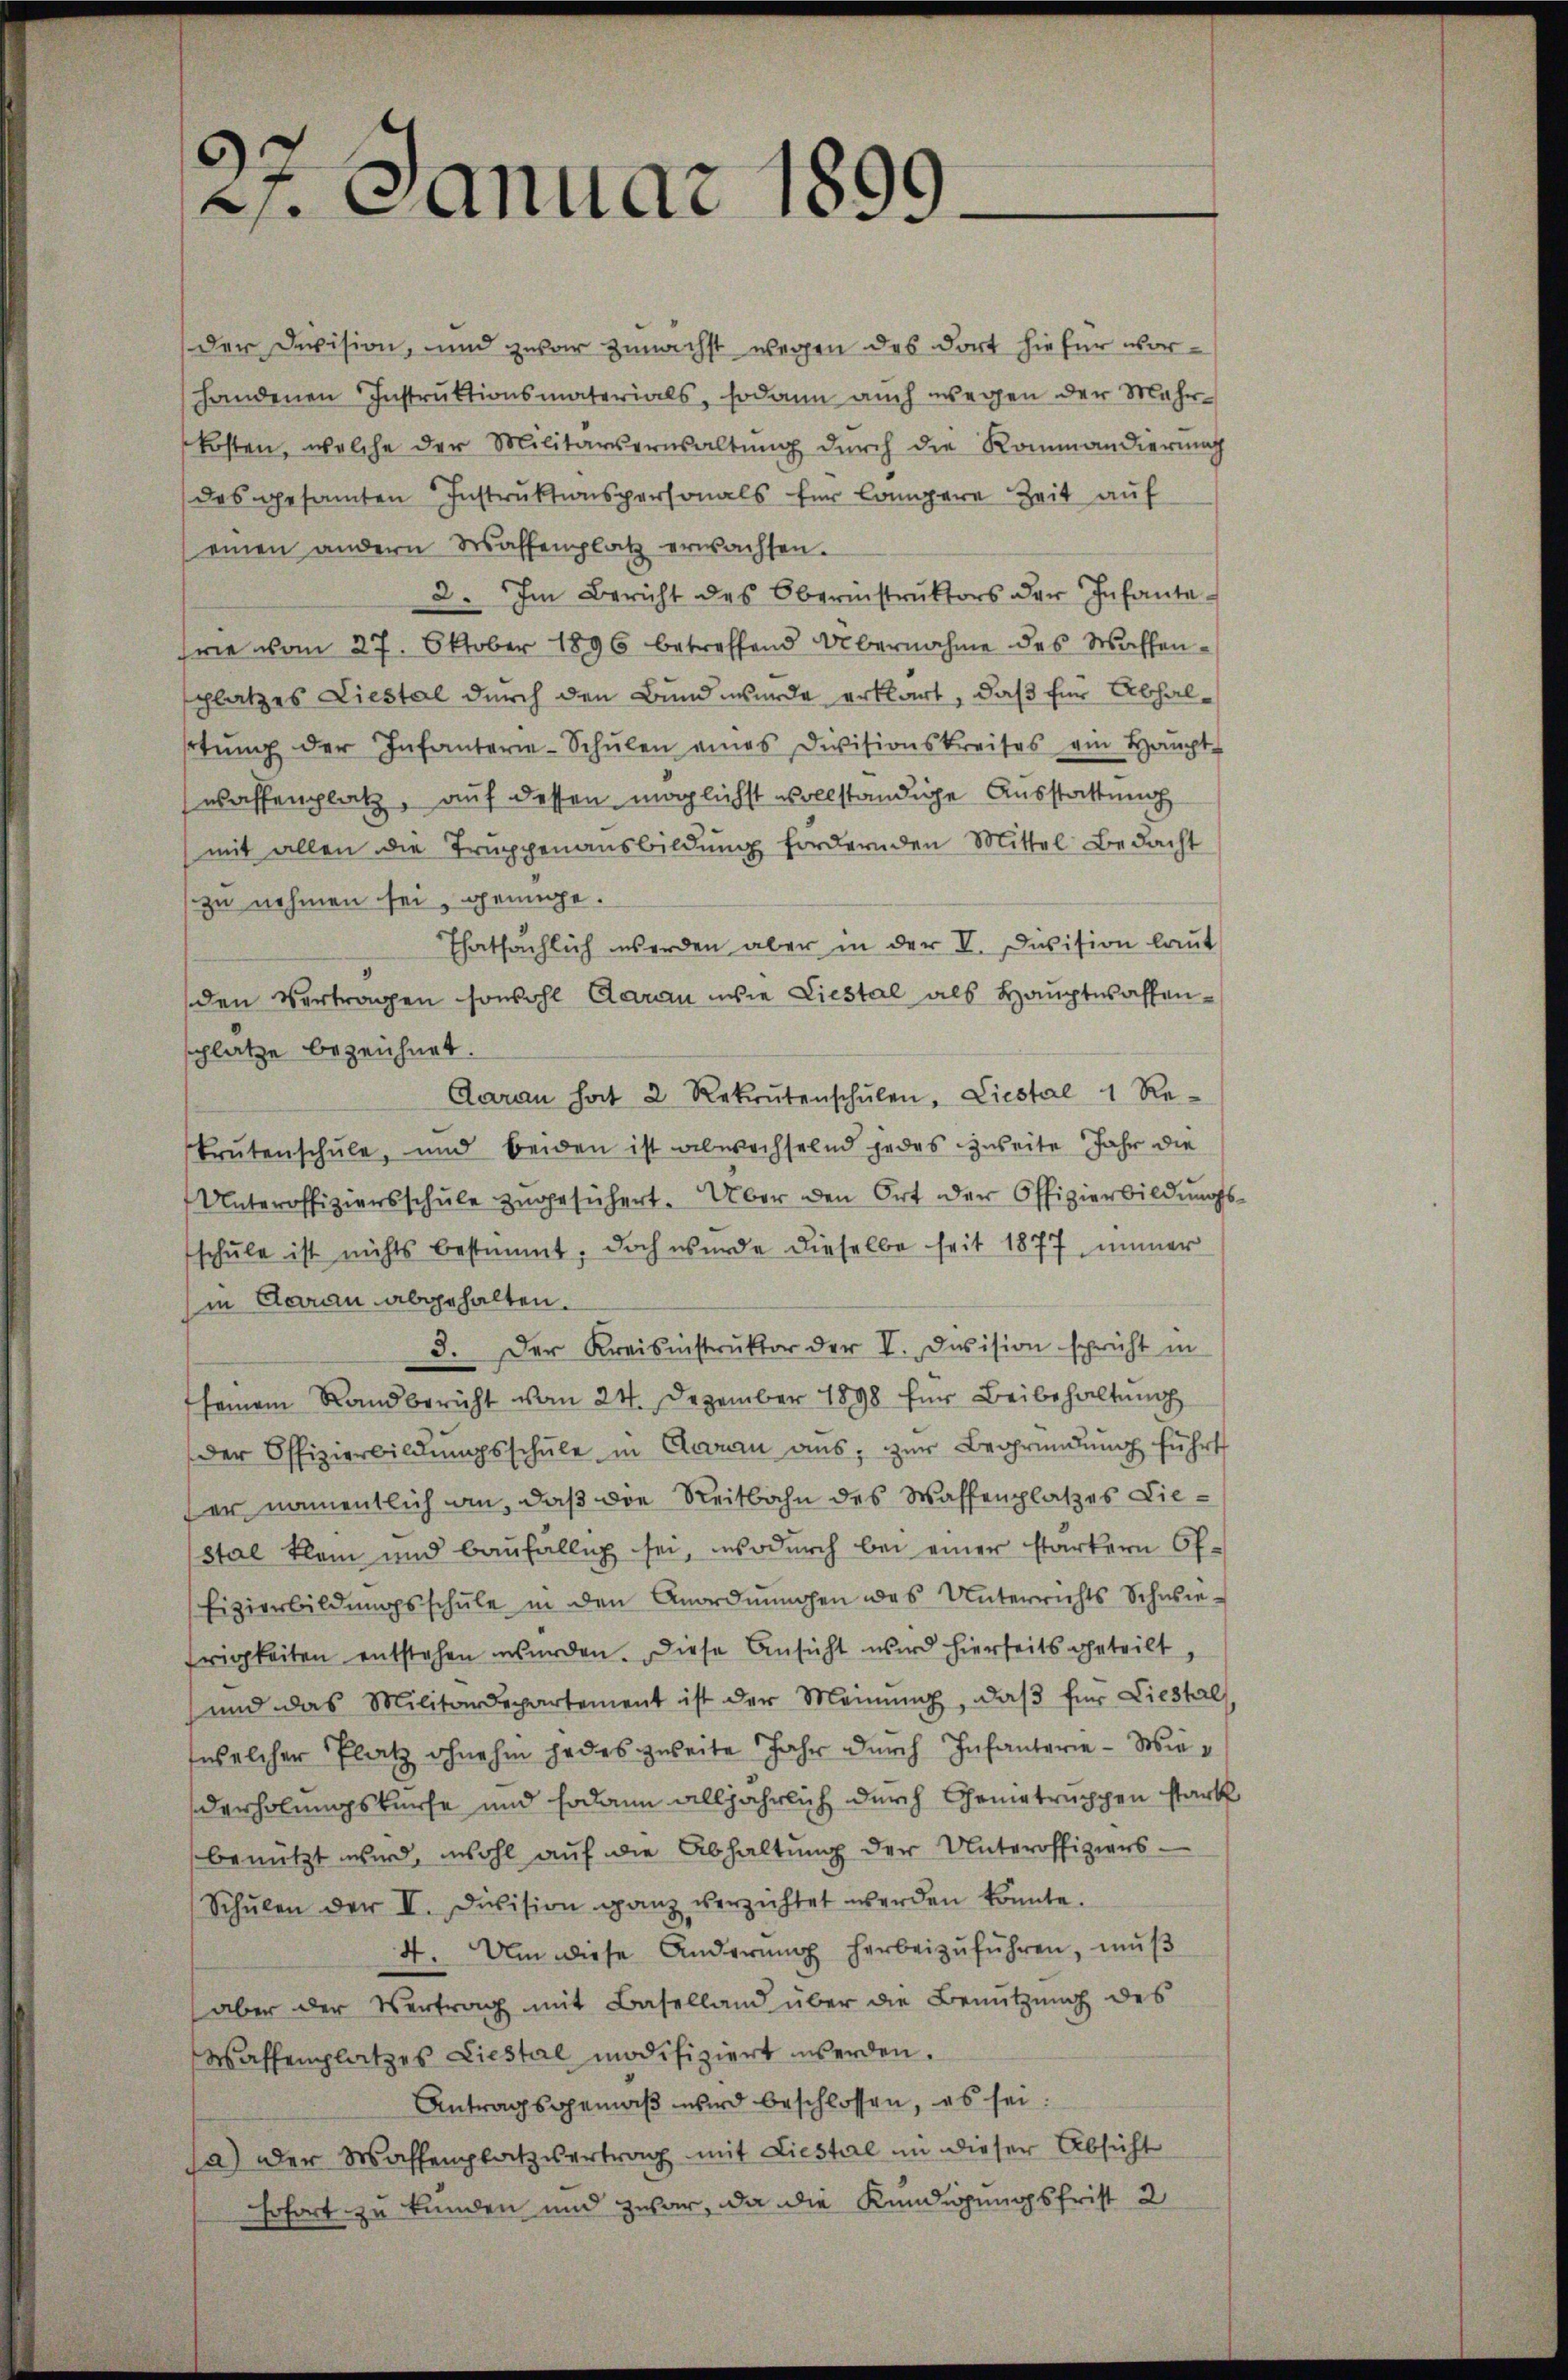
21. Januar 1899.

der Division, und zwar zunächst wegen des dort hiefür vorhandenen Instruktionsmaterials, sodann auch wegen der Mehr-
kosten, welche der Militärsernsaltŭng durch die Kommandierung
des gesamten Instrŭktionspersonals für Compere Zeit auf
einen andern Waffenplatz erwachsen.
2. Im Bericht des Oberinstrŭktors der Infante-
rie vom 27. Oktober 1896 betreffend Übernahme des Waffenschlatzes Liestal durch den Bund wurde erklärt, daß für Abhalrtŭng der Infanterie-Schŭlen eines Divisionskreises ein Haupt-
waffenplatz, auf dessen möglichst vollständige Ausstattung
mit allen die Trŭppenausbildŭng fordernden Mittel Bedacht
zu nehmen sei, genüge.
Thatsächlich werden aber in der V. Division laut
den Vertragen sowohl daran wie Liestal als Hauptwaffenschlätze bezeichnet.
Daran hat 2 Rekrutenschŭlen, Liestal 1 Re-
Brutenschule, und beiden ist abwechselnd jedes zweite Jahr die
Unteroffiziersschŭle zŭgesüchert. Über den Ort der Offizierbildungs-
schŭle ist nichts bestimmt. Doch wurde dieselbe seit 1877, immer
in Courau abgehalten,
3. Der Kreisinstruktor der V. Devision spricht in
seinem Randbericht vom 24. Dezember 1898 für Beibehaltung
der Offizierbildŭngsschŭle in Cran ans, zŭr Begründŭng führt
er namentlich an, daß die Reitbahn des Waffenplatzes Liestal klein und baufällig sei, wodurch bei einer stärkern öf¬
Eizierbildŭngsschŭle in den Anordnungen des Unterrichts Schwie-
frigkeiten entstehen wurden. Diese Ansicht wird hierseits geteilt,
und das Militärdepartement ist der Meinŭng, daβ für Liestal
welcher Platz ohnehin jedes zweite Jahr durch Infanterie - Wiederholungskurse und sodann alljährlich durch Genietruppen stark
benützt wird, wohl auf die Abhaltung der Unteroffiziers¬
Schŭlen der IV. Division ganz verzichtet werden könnte.
4. Um diese Anderŭng herbeizŭführen, muß
aber der Vertrag mit Baselland über die Benutzung des
Waffenplatzes Liestal modifiziert werden.
Antragsgemäß wird beschlossen, es sei.
Ja) der Waffenplatzvertrag mit Liestal in dieser Absicht
sofort zu kunden und zwar, da die Kündigungsfrist 2